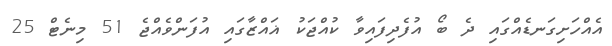
އެއްހަށިގަނޑެއްގައި ދެ ބޯ އުފެދިފައިވާ ކުއްޖަކު ޣައްޒާގައި އުފަންވެއްޖެ 51 މިނެޓް 25